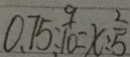
0 . 7 5 : \frac { 9 } { 1 0 } = x : \frac { 2 } { 5 }